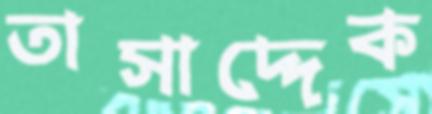
তাসাদ্দেক